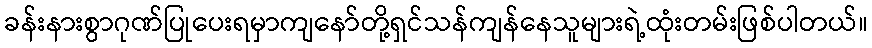
ခန်းနားစွာဂုဏ်ပြုပေးရမှာကျနော်တို့ရှင်သန်ကျန်နေသူများရဲ့ထုံးတမ်းဖြစ်ပါတယ်။